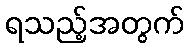
ရသည့်အတွက်